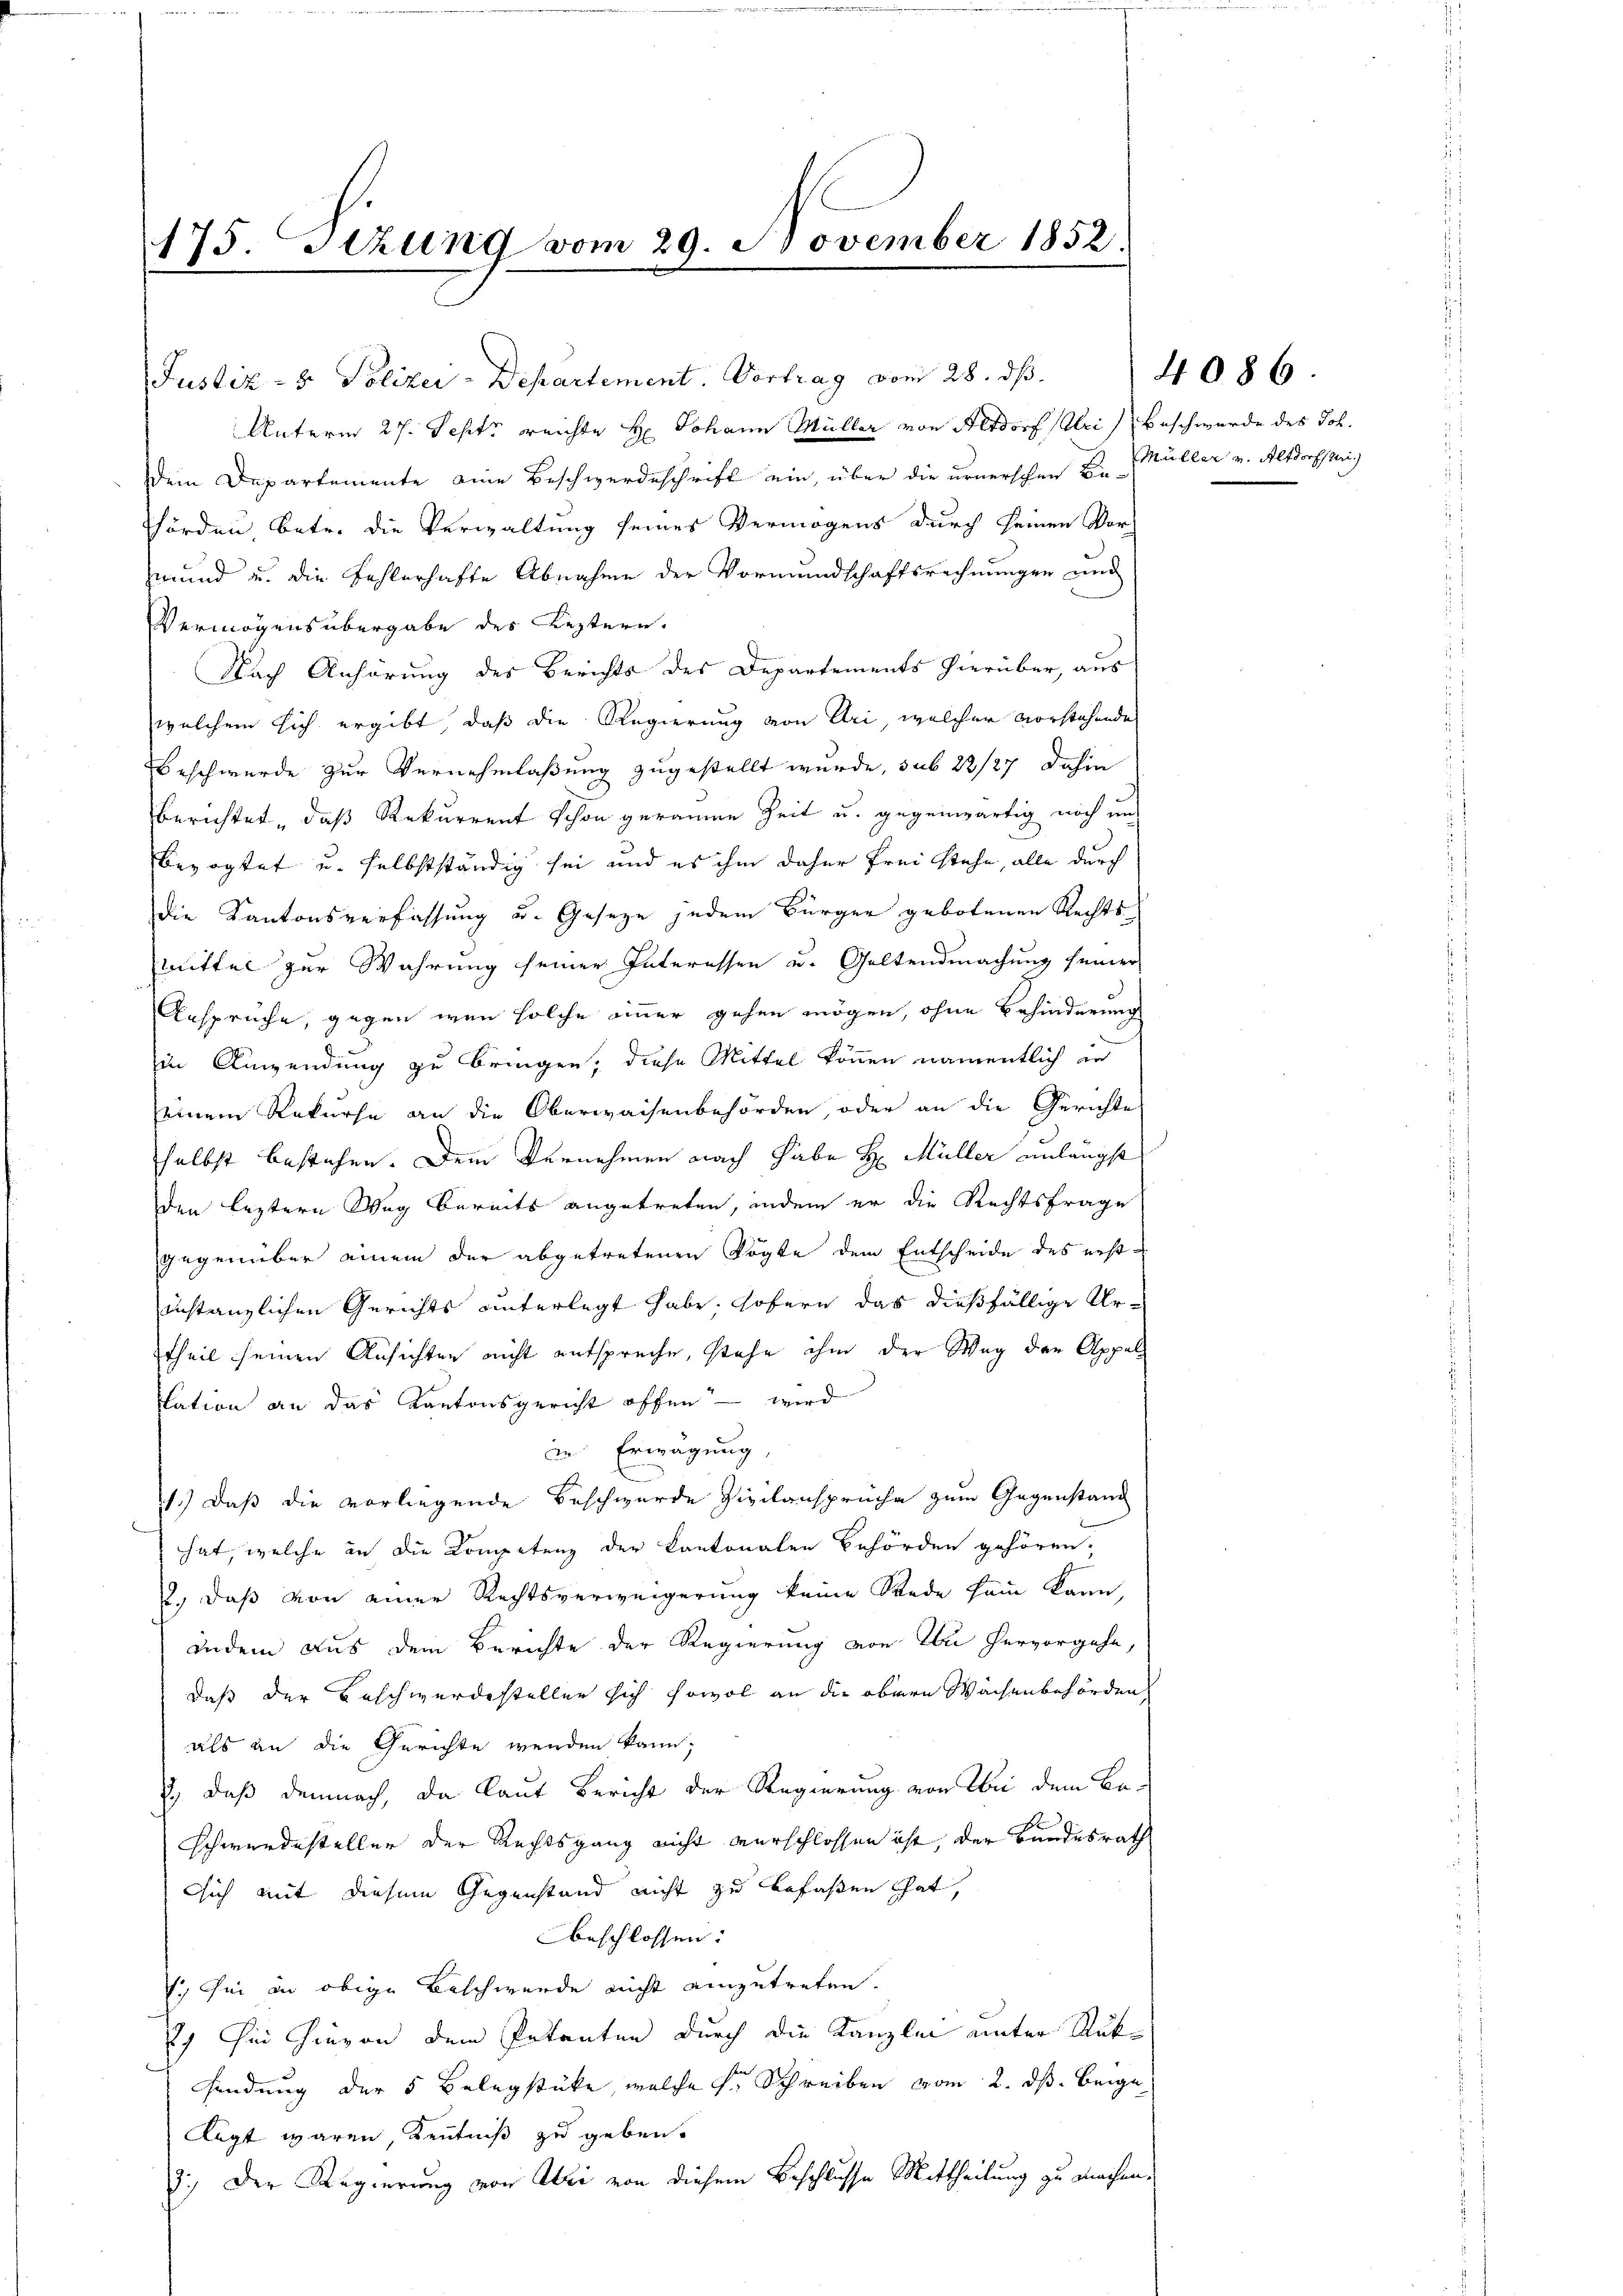
175. Sitzung vom 29. November 1852.

6
2

Justiz- & Polizei-Departement. Vortrag vom 28. ds.
Unterm 27. Sept. reichte H. Johann Müller von Altdorf (Uri) Beschwerde des Joh.
dem Departemente eine Beschwerdeschrift ein, über die urnerschen Dr. Müller v. Altdorfstei
Thörden, betr. die Verwaltung seines Vermögens durch seinen Vor-
mund u. die Fehlerhafte Abnahme der Vormundschaftsrechnungen und
Vermögensübergabe des Leztern.
Nach Anhörung des Berichts des Departements hierüber, aus
welchem sich ergibt, daß die Regierung von Uri, welcher vorstehende
Beschwerde zur Vernehmlassung zugestellt wurde, sub 22/27 dahin
berichtet, daß Rekurrent schon geraume Zeit u. gegenwärtig noch um
Bevogtet u. selbstständig sei und es ihm daher frei stehe, alle durch
die Kantonsverfassung u. Geseze jedem Bürger gebotenen Rechtsmittel zur Wahrung seiner Interessen u. Geltendmachung seiner
Ansprüche, gegen wenn solche immer gehen mögen, ohne Behinderung
in Anwendung zu bringen, diese Mittel können namentlich in
seinem Rekurse an die Oberwaisenbehörden, oder an die Gerichtes
selbst bestehen. Dem Vernehmen nach habe H. Müller unlängst
den leztern Weg bereits angetreten, indem er die Rechtsfrage
gegenüber einem der abgetretenen Vögte dem Entscheide des erstinstanzlichen Gerichts unterlegt habe. Hofern das dießfällige Urtheil seinen Ansichten nicht entspreche, stehe ihm der Wag der Appel¬
Elation an das Kantonsgericht offen – wird
in Erwägung,
1.) Daß die vorliegende Beschwerde Zivilansprüche zum Gegenstand
hat, welche in die Kompetenz der Cantonalen Behörden gehören,
2., daß von einer Rechtsverweigerung keine Rede kam kann,
indem aus dem Berichte der Regierung von in hervorgehe,
daß der Beschwerdestellen sich sowol an die obern Wachenbehörden,
als an die Gerichte werden kann;
J., daß demnach, da laut Bericht der Regierung von bei dem Be¬
Schwerdesteller der Rechtsgang nicht verschlossen ist, der Bundesrath
sich mit diesem Gegenstand nicht zu befaßen hat,
beschlossen:
V. Sei in obige Beschwerde nicht einzutreten.
29 in hievon dem Petenten durch die Kanzlei unter Aufsendung der 5 Belegstücke, welche s. Schreiben vom 2. ds. beige
lügt waren, Kenntniß zu geben.
7.) Der Regierung von Uri von diesem Beschlusse Mittheilung zu machen.

4086